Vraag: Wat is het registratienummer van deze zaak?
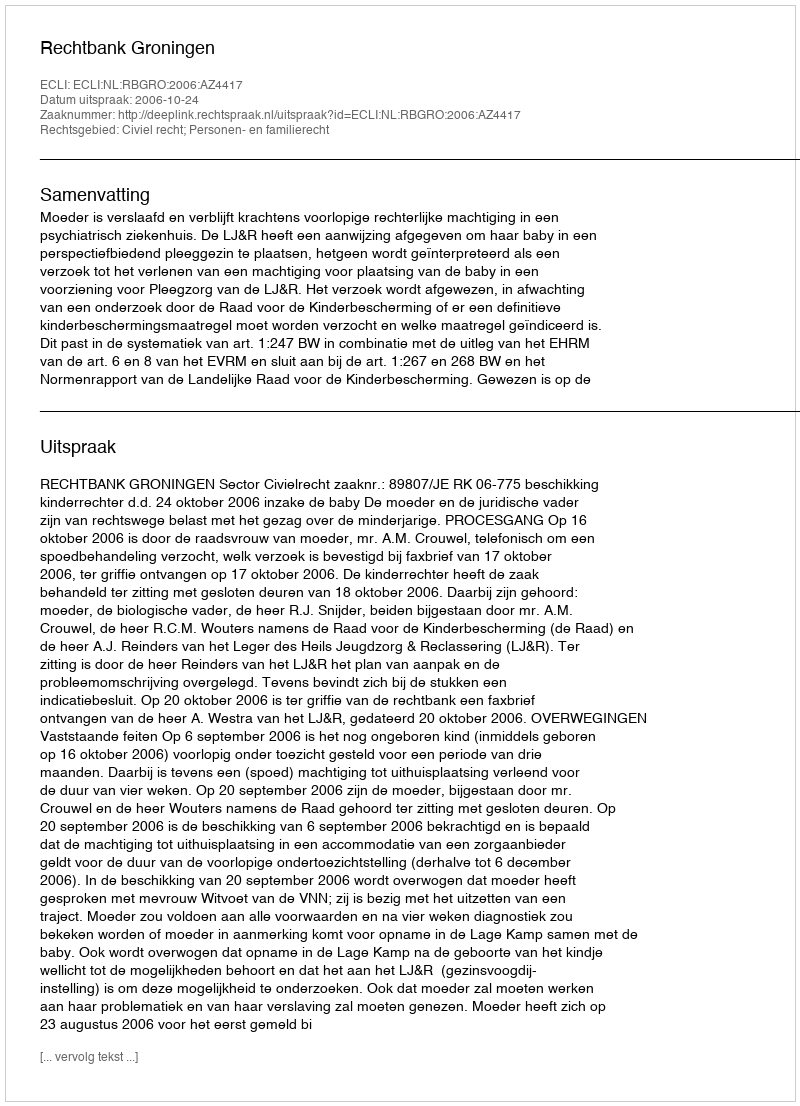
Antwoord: http://deeplink.rechtspraak.nl/uitspraak?id=ECLI:NL:RBGRO:2006:AZ4417